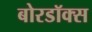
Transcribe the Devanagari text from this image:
बोरडॉक्स